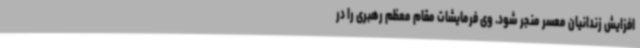
افزایش زندانیان معسر منجر شود. وی فرمایشات مقام معظم رهبری را در